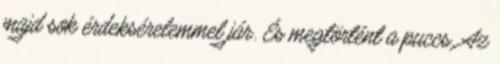
majd sok érdeksérelemmel jár. És megtörtént a puccs. Az